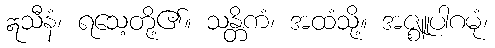
ဣသီနံ၊ ရသေ့တို့၏။ သန္တိကံ၊ အထံသို့။ အဇ္ဈူပါဂမုံ၊